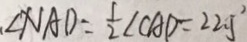
\angle N A D = \frac { 1 } { 2 } \angle C A D = 2 2 . 5 ^ { 2 }